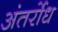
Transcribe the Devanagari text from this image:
अंतर्रोध